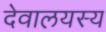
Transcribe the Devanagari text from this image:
देवालयस्य